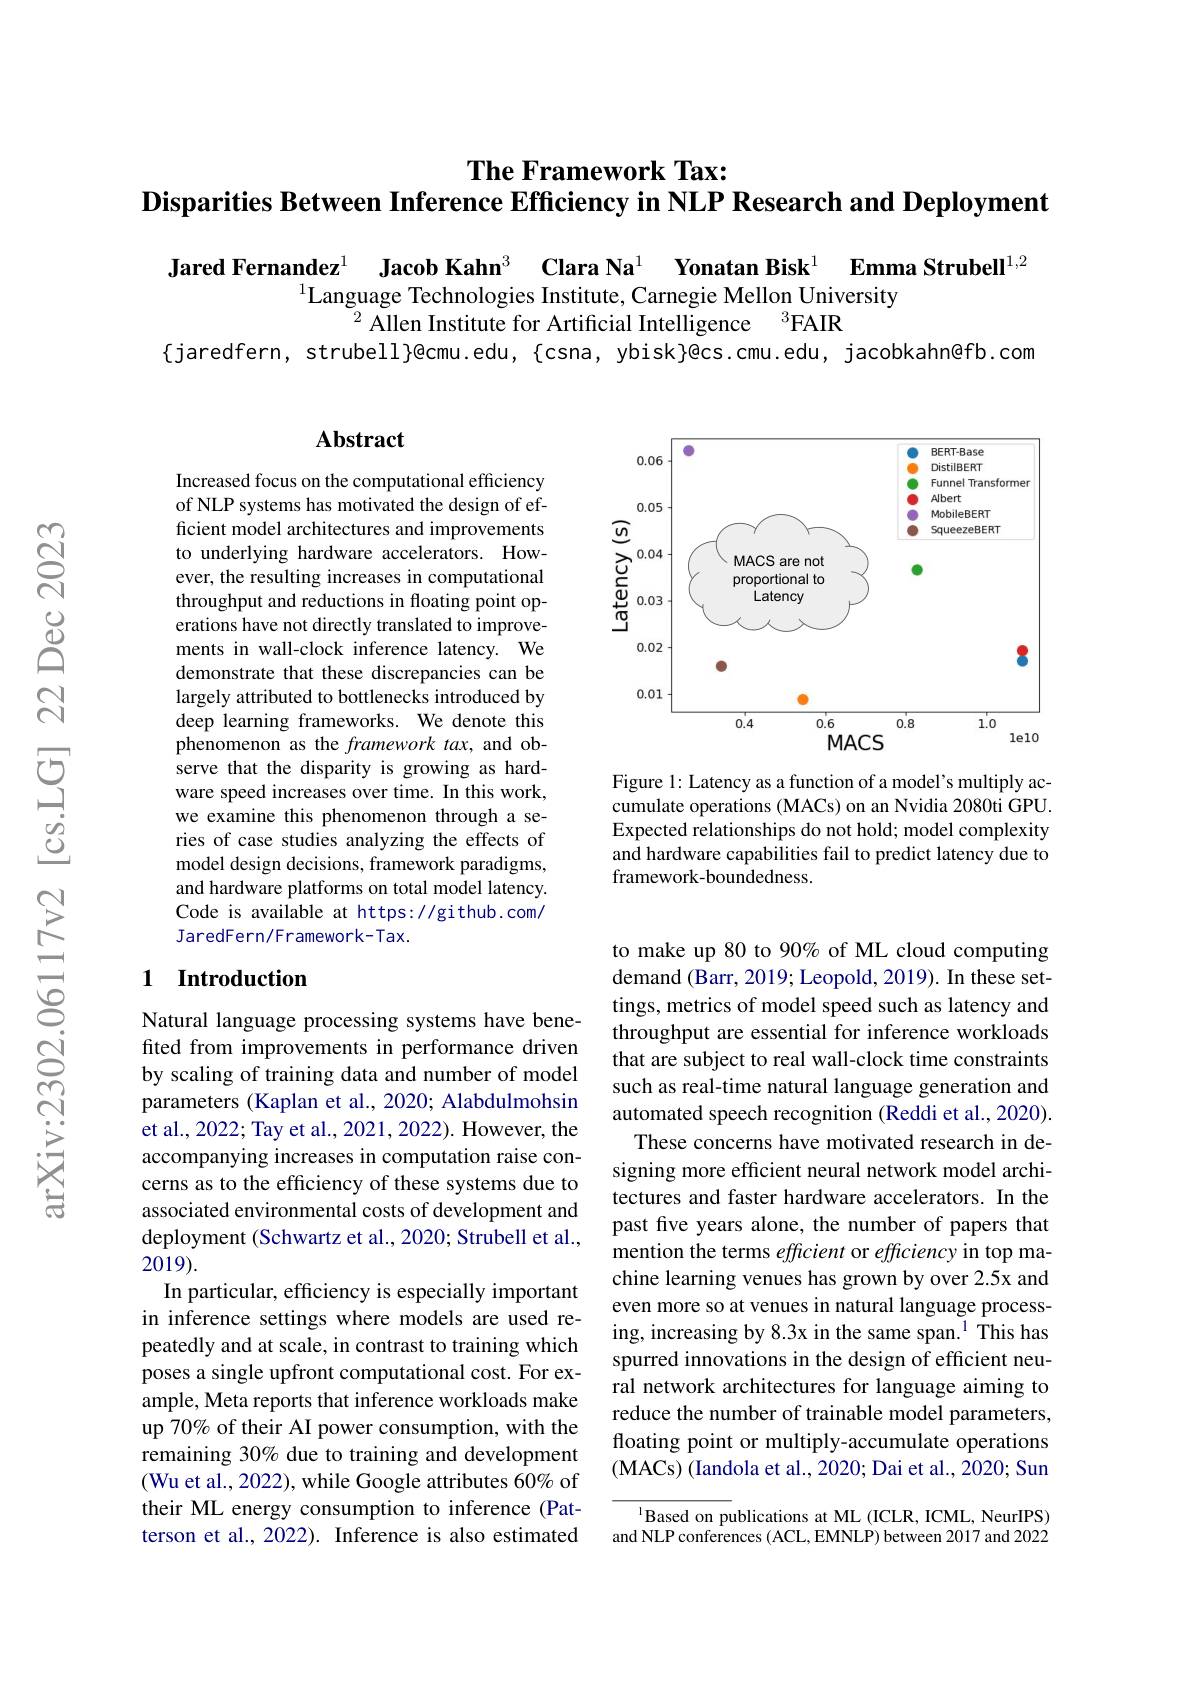
# The Framework Tax: $\textbf{Disparities Between Inference Efficiency in NLP Research and Deployment}$

Jared Fernandez$^{1}$ Jacob Kahn$^{3}$ Clara Na$^{1}$ Yonatan Bisk$^{1}$ Emma Strubell$^{1,2}$
$^{1}$Language Technologies Institute, Carnegie Mellon University
$^{2}\textbf{Allen Institute for Artificial Intelligence}^{3}$FAIR
{jaredfern, strubell}@cmu.edu, {csna, ybisk}@cs.cmu.edu, jacobkahn@fb.com

## Abstract

Increased focus on the computational efficiency of NLP systems has motivated the design of efficient model architectures and improvements to underlying hardware accelerators. However, the resulting increases in computational throughput and reductions in floating point operations have not directly translated to improvements in wall-clock inference latency. We demonstrate that these discrepancies can be largely attributed to bottlenecks introduced by deep learning frameworks. We denote this phenomenon as the framework tax, and observe that the disparity is growing as hardware speed increases over time. In this work, we examine this phenomenon through a series of case studies analyzing the effects of model design decisions, framework paradigms, and hardware platforms on total model latency. Code is available at https://github.com/ JaredFern/Framework-Tax.

## 1 Introduction

Natural language processing systems have benefted from improvements in performance driven by scaling of training data and number of model parameters (Kaplan et al., 2020; Alabdulmohsin et al., 2022; Tay et al., 2021, 2022). However, the accompanying increases in computation raise concerns as to the efficiency of these systems due to associated environmental costs of development and deployment (Schwartz et al., 2020; Strubell et al., 2019).
In particular, efficiency is especially important in inference settings where models are used repeatedly and at scale, in contrast to training which poses a single upfront computational cost. For example, Meta reports that inference workloads make up 70% of their AI power consumption, with the remaining 30% due to training and development (Wu et al., 2022), while Google attributes 60% of their ML energy consumption to inference (Patterson et al., 2022). Inference is also estimated

<FigureHere>

Figure 1: Latency as a function of a model's multiply accumulate operations (MACs) on an Nvidia 2080ti GPU. Expected relationships do not hold; model complexity and hardware capabilities fail to predict latency due to framework-boundedness.

to make up 80 to 90% of ML cloud computing demand (Barr, 2019; Leopold, 2019). In these settings, metrics of model speed such as latency and throughput are essential for inference workloads that are subject to real wall-clock time constraints such as real-time natural language generation and automated speech recognition (Reddi et al., 2020). These concerns have motivated research in designing more efficient neural network model architectures and faster hardware accelerators. In the past five years alone, the number of papers that mention the terms efficient or efficiency in top machine learning venues has grown by over 2.5x and even more so at venues in natural language processing, increasing by 8.3x in the same span.$^{1}$ This has spurred innovations in the design of efficient neural network architectures for language aiming to reduce the number of trainable model parameters, floating point or multiply-accumulate operations (MACs) ( Iandola et al. , 2020; Dai et al. , 2020; Sun

$^{1}$Based on publications at ML (ICLR, ICML, NeurIPS) and NLP conferences (ACL, EMNLP) between 2017 and 2022